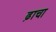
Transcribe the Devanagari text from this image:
ढ़ाचा